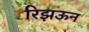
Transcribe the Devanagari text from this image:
रिझऊन